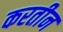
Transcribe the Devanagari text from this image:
करतीन